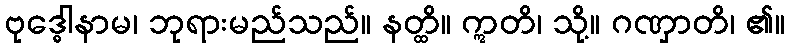
ဗုဒ္ဓေါနာမ၊ ဘုရားမည်သည်။ နတ္ထိ။ ဣတိ၊ သို့။ ဂဏှာတိ၊ ၏။